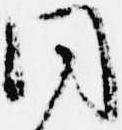
同